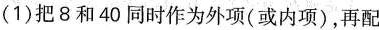
(1)把8和40同时作为外项(或内项)，再配